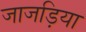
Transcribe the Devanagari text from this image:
जाजड़िया